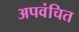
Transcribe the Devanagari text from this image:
अपवंचित